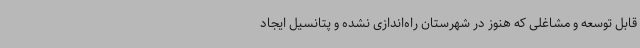
قابل توسعه و مشاغلی که هنوز در شهرستان راه‌اندازی نشده و پتانسیل ایجاد